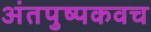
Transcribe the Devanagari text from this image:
अंतपुष्पकवच